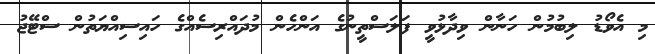
މި އެވޯޑު ލިބުމުން ހަނާން ވިދާޅުވީ ފަލަސްތީނުގެ އަންހެން މުދައްރިސެއްގެ ހައިސިއްޔަތުން ސްޓޭޖު